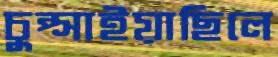
চুপ্‌সাইয়াছিলে